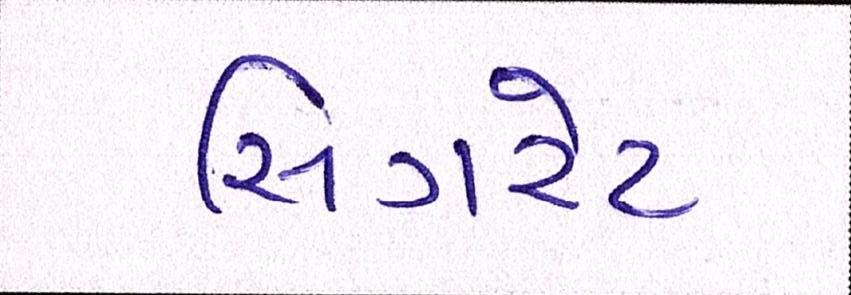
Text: સિગરેટ